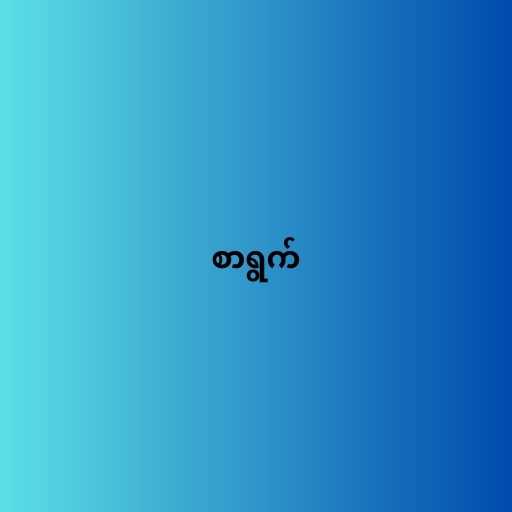
စာရွက်